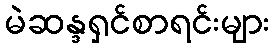
မဲဆန္ဒရှင်စာရင်းများ